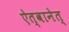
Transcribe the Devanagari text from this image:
ऐत्वानेत्